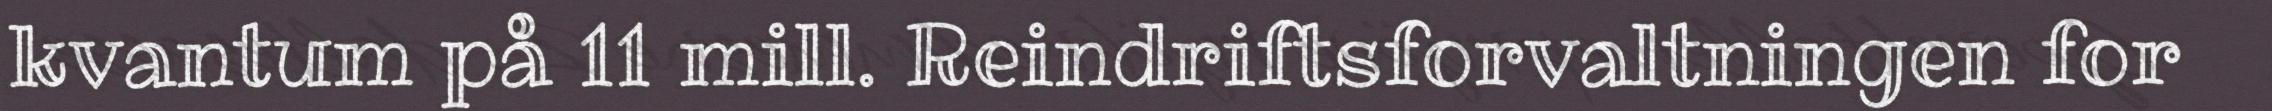
kvantum på 11 mill. Reindriftsforvaltningen for